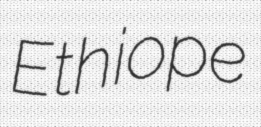
Ethiope